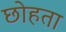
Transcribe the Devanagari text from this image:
छोहता